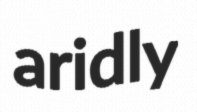
aridly